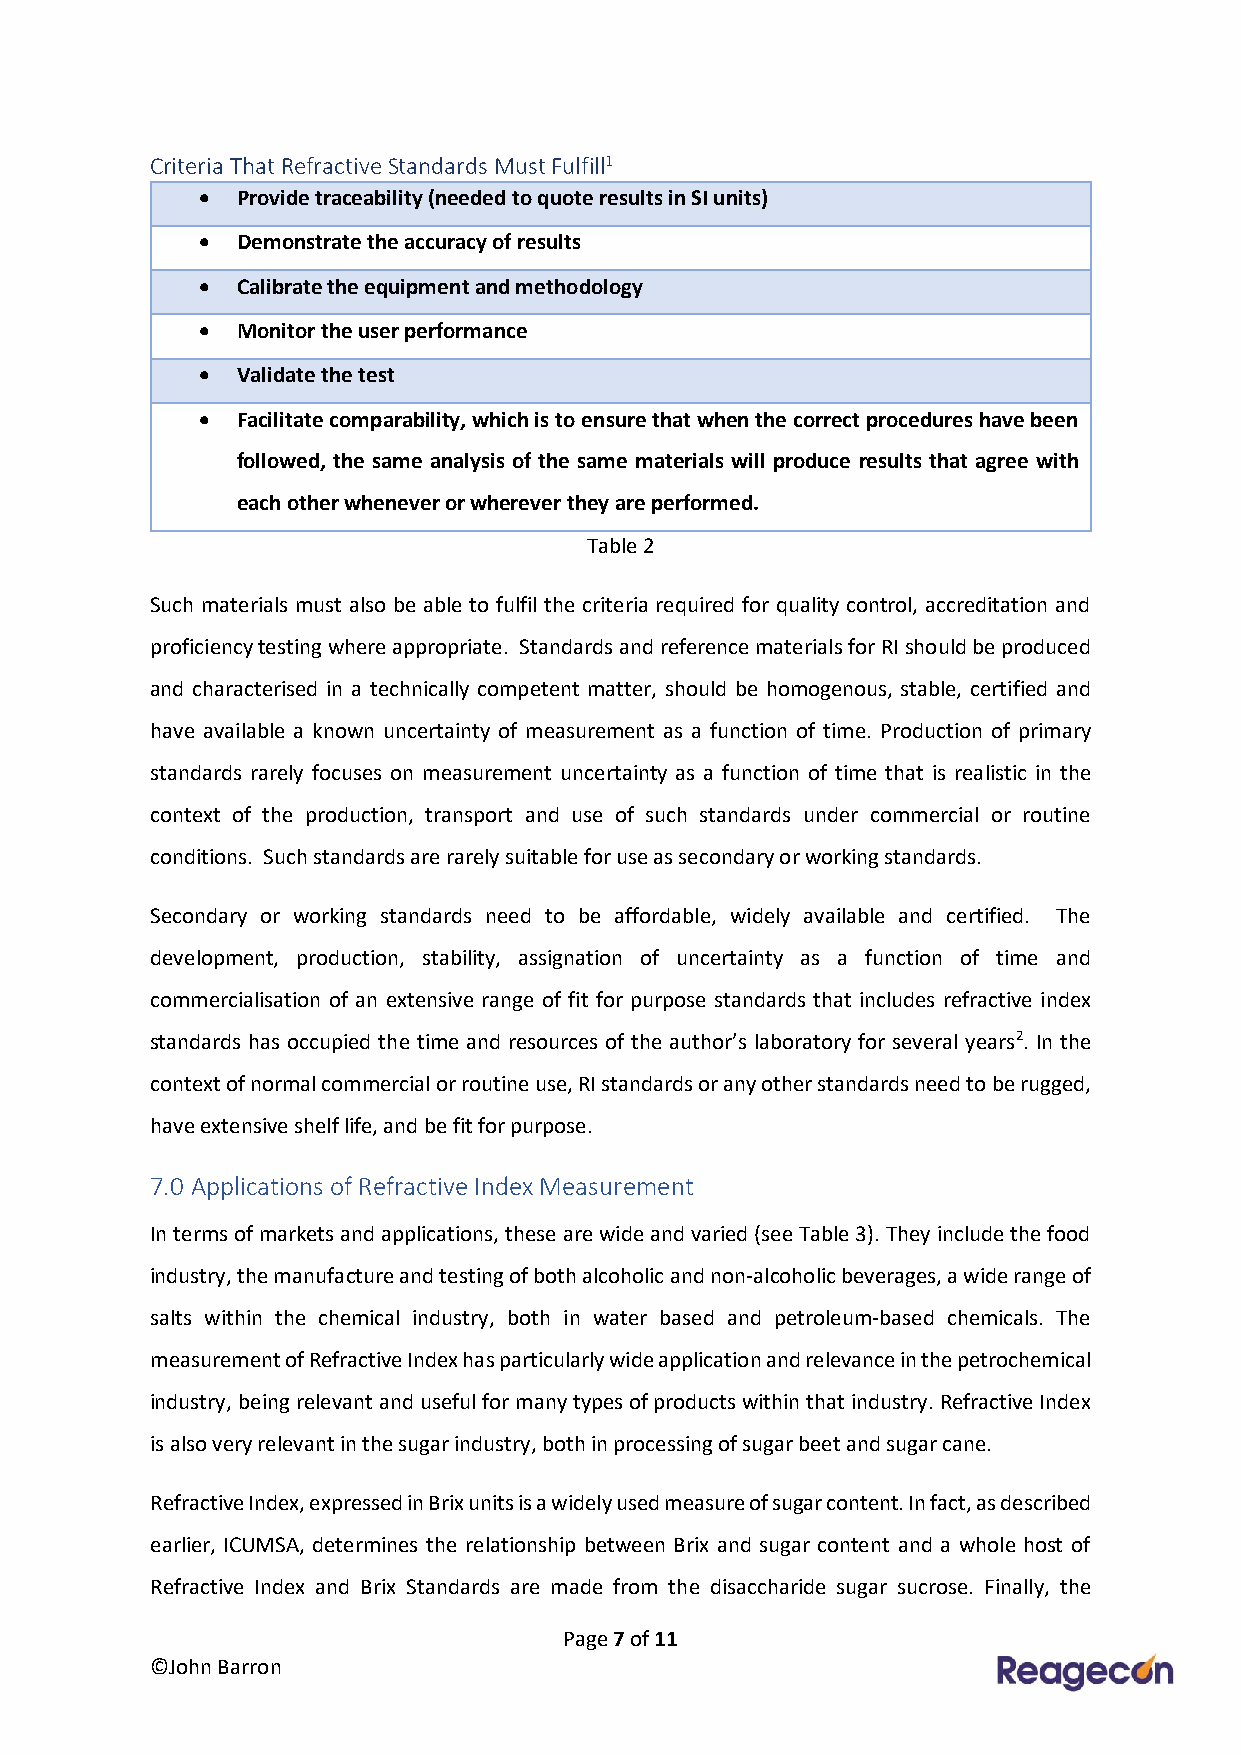
Criteria That Refractive Standards Must Fulfill1
 •  Provide traceability (needed to quote results in SI units)
 •  Demonstrate the accuracy of results
 •  Calibrate the equipment and methodology
 •  Monitor the user performance
 •  Validate the test
 •  Facilitate comparability, which is to ensure that when the correct procedures have been
 followed, the same analysis of the same materials will produce results that agree with
 each other whenever or wherever they are performed.
 Table 2
 Such materials must also be able to fulfil the criteria required for quality control, accreditation and
 proficiency testing where appropriate. Standards and reference materials for RI should be produced
 and characterised in a technically competent matter, should be homogenous, stable, certified and
 have available a known uncertainty of measurement as a function of time. Production of primary
 standards rarely focuses on measurement uncertainty as a function of time that is realistic in the
 context of the production, transport and use of such standards under commercial or routine
 conditions. Such standards are rarely suitable for use as secondary or working standards.
 Secondary or working standards need to be affordable, widely available and certified. The
 development, production, stability, assignation of uncertainty as a function of time and
 commercialisation of an extensive range of fit for purpose standards that includes refractive index
 standards has occupied the time and resources of the author’s laboratory for several years2. In the
 context of normal commercial or routine use, RI standards or any other standards need to be rugged,
 have extensive shelf life, and be fit for purpose.
 7.0 Applications of Refractive Index Measurement
 In terms of markets and applications, these are wide and varied (see Table 3). They include the food
 industry, the manufacture and testing of both alcoholic and non-alcoholic beverages, a wide range of
 salts within the chemical industry, both in water based and petroleum-based chemicals. The
 measurement of Refractive Index has particularly wide application and relevance in the petrochemical
 industry, being relevant and useful for many types of products within that industry. Refractive Index
 is also very relevant in the sugar industry, both in processing of sugar beet and sugar cane.
 Refractive Index, expressed in Brix units is a widely used measure of sugar content. In fact, as described
 earlier, ICUMSA, determines the relationship between Brix and sugar content and a whole host of
 Refractive Index and Brix Standards are made from the disaccharide sugar sucrose. Finally, the
 Page 7 of 11
 ©John Barron